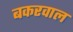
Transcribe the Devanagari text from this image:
बकरवाल